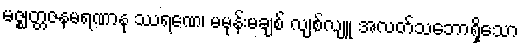
မဇ္ဈတ္တဇနမရဏာနု ဿရဏေ၊ မမုန်းမချစ် လျစ်လျူ အလတ်သဘောရှိသော